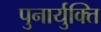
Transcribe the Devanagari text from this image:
पुनार्युक्ति